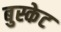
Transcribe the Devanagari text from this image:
बुस्केट